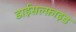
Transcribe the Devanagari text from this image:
डाईसल्फ़ाइड